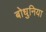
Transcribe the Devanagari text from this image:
बोधुनिया